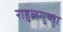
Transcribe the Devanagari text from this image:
राहुलगुप्ता